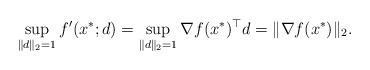
\begin{align*}\sup_{\|d\|_2=1}f'(x^*;d)=\sup_{\|d\|_2=1}\nabla f(x^*)^\top d=\|\nabla f(x^*)\|_2.\end{align*}